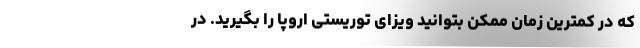
که در کمترین زمان ممکن بتوانید ویزای توریستی اروپا را بگیرید. در